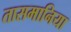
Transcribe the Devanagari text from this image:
तासमानिया